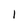
Character: I